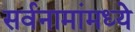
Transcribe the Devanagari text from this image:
सर्वनामांमध्ये